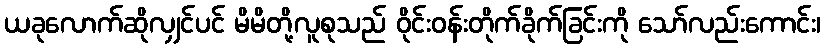
ယခုလောက်ဆိုလျှင်ပင် မိမိတို့လူစုသည် ဝိုင်းဝန်းတိုက်ခိုက်ခြင်းကို သော်လည်းကောင်း၊